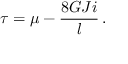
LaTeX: \tau = \mu - \frac { 8 G J i } { l } \, .